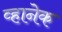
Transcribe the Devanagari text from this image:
व्हानेक